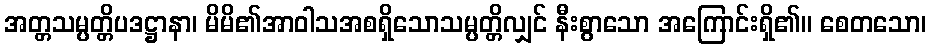
အတ္တသမ္ပတ္တိပဒဋ္ဌာနာ၊ မိမိ၏အာဝါသအစရှိသောသမ္ပတ္တိလျှင် နီးစွာသော အကြောင်းရှိ၏။ စေတသော၊